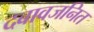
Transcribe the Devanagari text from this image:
दबावजनित